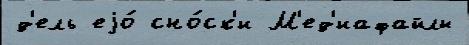
д'ель еjо́ сно́ск'и М'ед'иафайлы